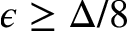
\epsilon \ge \Delta / 8